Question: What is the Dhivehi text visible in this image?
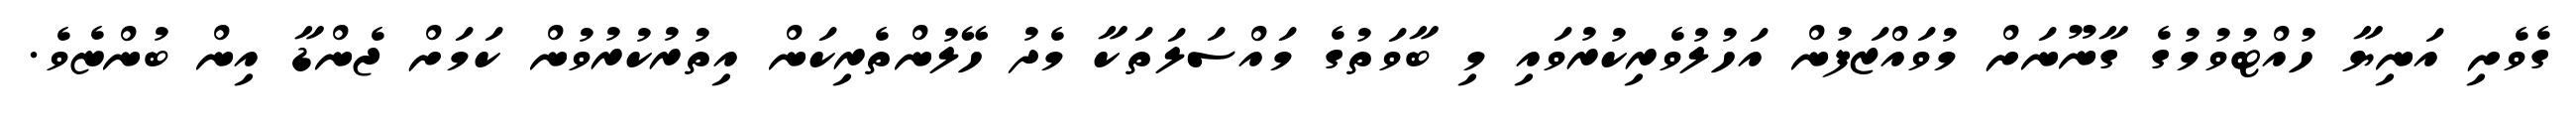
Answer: ގެވެށި އަނިޔާ ހުއްޓުވުމުގެ ގާނޫނަށް މުވައްޒަފުން އަހުލުވެރިކުރުވައި މި ބާވަތުގެ މައްސަލަތަކާ މެދު ހޭލުންތެރިކަން އިތުރުކުރުވުން ކަމަށް ޖެންޑާ އިން ބުންޏެވެ.